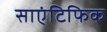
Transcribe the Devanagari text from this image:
साएंटिफिक